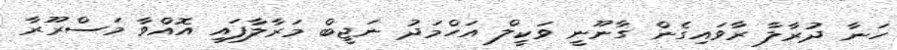
ހަނާ ދުރާލާ ރާވައިގެން ގާނޫނީ ވަކީލް އަހްމަދު ނަޖީބް މަރާލާފައި އޮއްވާ މަސްރޫރާ